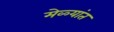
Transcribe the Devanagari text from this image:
मेळ्यांत